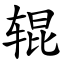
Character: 辊